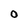
Character: O